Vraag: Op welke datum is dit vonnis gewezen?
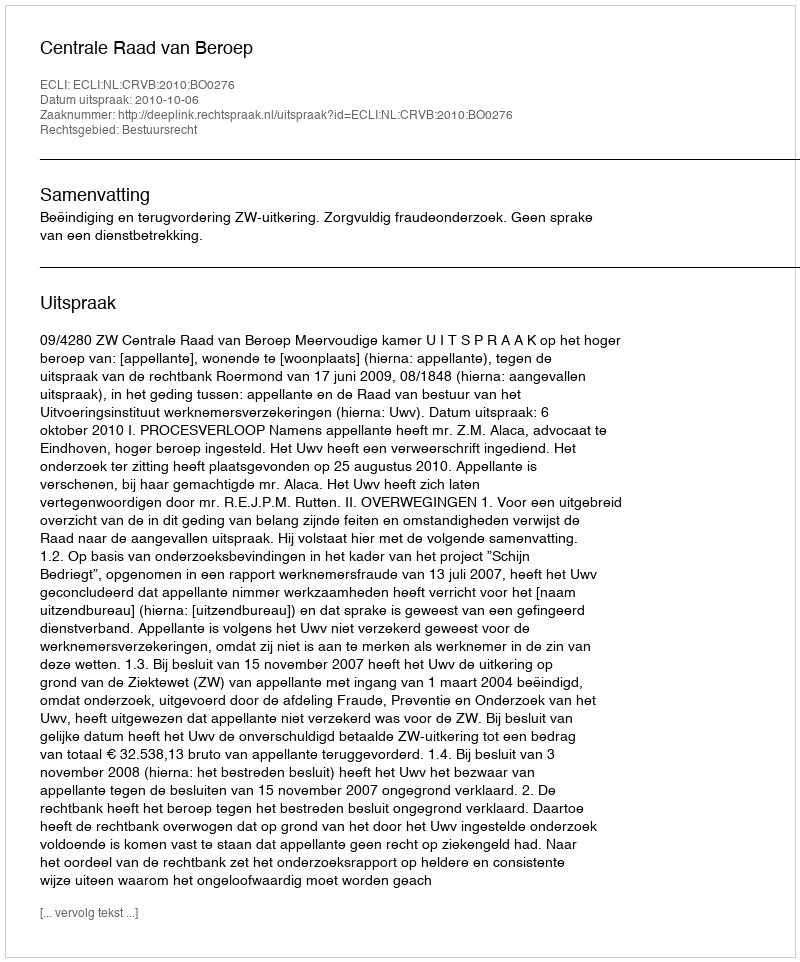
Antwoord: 2010-10-06